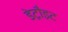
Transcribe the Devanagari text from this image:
डेट्रौइट